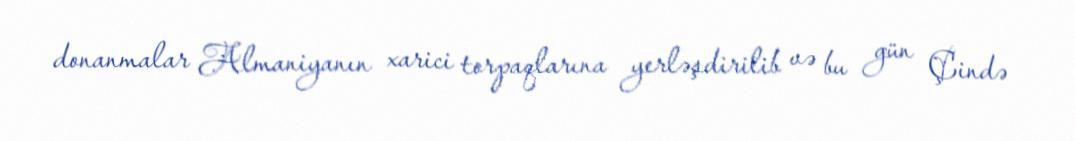
donanmalar Almaniyanın xarici torpaqlarına yerləşdirilib və bu gün Çində